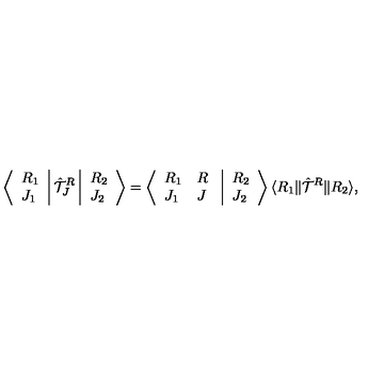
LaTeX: \left\langle \begin{array} { l } { R _ { 1 } } \\ { J _ { 1 } } \\ \end{array} \right| { \hat { \cal T } } _ { J } ^ { R } \left| \begin{array} { l } { R _ { 2 } } \\ { J _ { 2 } } \\ \end{array} \right\rangle = \left\langle \begin{array} { l l } { R _ { 1 } } & { R } \\ { J _ { 1 } } & { J } \\ \end{array} \right. \left| \begin{array} { l } { R _ { 2 } } \\ { J _ { 2 } } \\ \end{array} \right\rangle \langle R _ { 1 } \| { \hat { \cal T } } ^ { R } \| R _ { 2 } \rangle ,